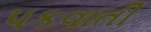
પકવાતી